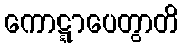
ကောဋ္ဋာပေတွာတိ